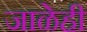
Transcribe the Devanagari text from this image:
जाळेही